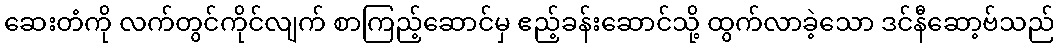
ဆေးတံကို လက်တွင်ကိုင်လျက် စာကြည့်ဆောင်မှ ဧည့်ခန်းဆောင်သို့ ထွက်လာခဲ့သော ဒင်နီဆော့ဗ်သည်